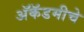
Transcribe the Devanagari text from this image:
अॅकॅडमीचे